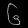
Digit: ၆